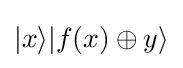
|x\rangle |f(x)\oplus y\rangle